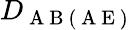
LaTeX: D_{\mathrm{~A~B~(~A~E~)~}}